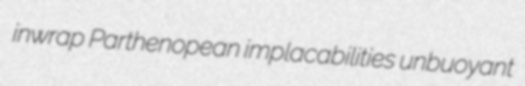
inwrap Parthenopean implacabilities unbuoyant